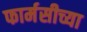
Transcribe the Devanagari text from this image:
फार्मसीच्या